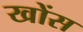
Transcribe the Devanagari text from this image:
खोंस